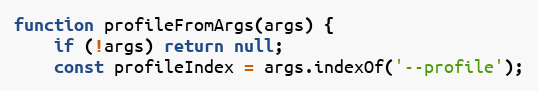
Language: JavaScript
function profileFromArgs(args) {
	if (!args) return null;
	const profileIndex = args.indexOf('--profile');